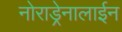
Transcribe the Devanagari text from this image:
नोराड्रेनालाईन